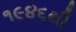
૧૯૪૬થી